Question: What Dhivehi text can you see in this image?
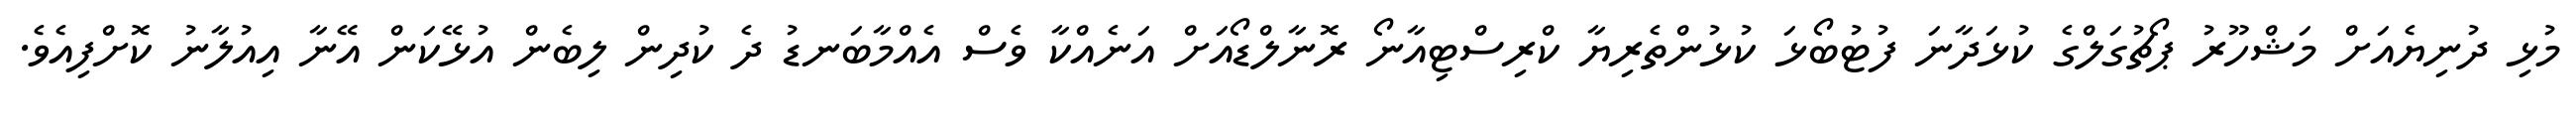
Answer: މުޅި ދުނިޔެއަށް މަޝްހޫރު ޕޯޗުގަލްގެ ކުޅަދާނަ ފުޓުބޯޅަ ކުޅުންތެރިޔާ ކްރިސްޓިއާނޯ ރޮނާލްޑޯއަށް އަނެއްކާ ވެސް އެއްމާބަނޑު ދެ ކުދިން ލިބެން އުޅޭކަން އޭނާ އިއުލާނު ކޮށްފިއެވެ.